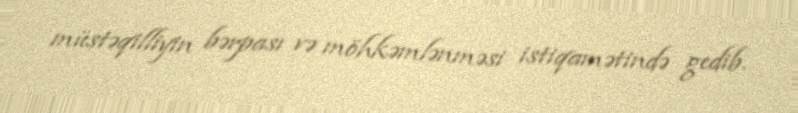
müstəqilliyin bərpası və möhkəmlənməsi istiqamətində gedib.